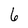
Character: 6